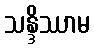
သန္ဒိဿာမ